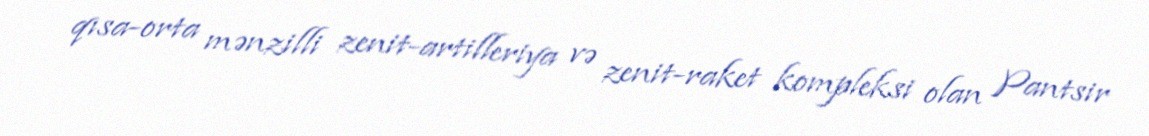
qısa-orta mənzilli zenit-artilleriya və zenit-raket kompleksi olan Pantsir